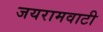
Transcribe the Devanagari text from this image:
जयरामवाटी